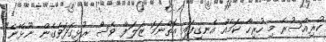
ކުރިއްސުރެ މި ހުރިހާ ކަމެއް އެނގިފައި އޮތްނަމަ ޒަލަފް ވެސް ރުޅިގަދަވެގެން ނޫޅޭނެ"